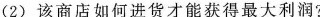
(2)该商店如何进货才能获得最大利润?